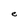
Character: e